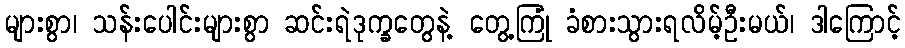
များစွာ၊ သန်းပေါင်းများစွာ ဆင်းရဲဒုက္ခတွေနဲ့ တွေ့ကြုံ ခံစားသွားရလိမ့်ဦးမယ်၊ ဒါကြောင့်